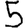
Digit: 5